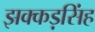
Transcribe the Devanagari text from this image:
झक्कड़सिंह